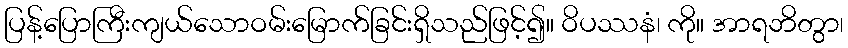
ပြန့်ပြောကြီးကျယ်သောဝမ်းမြောက်ခြင်းရှိသည်ဖြင့်၍။ ဝိပဿနံ၊ ကို။ အာရဘိတွာ၊